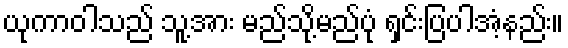
ယုကာဝါသည် သူ့အား မည်သို့မည်ပုံ ရှင်းပြပါအံ့နည်း။